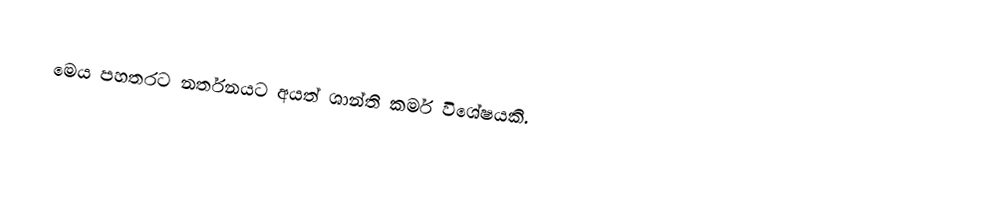
මෙය පහතරට නර්තනයට අයත් ශාන්ති කර්ම විශේෂයකි.